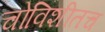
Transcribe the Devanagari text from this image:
चोविशीतच